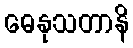
ဓေနုသတာနိ